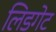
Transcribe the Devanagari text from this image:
लिडगेट